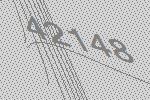
42148